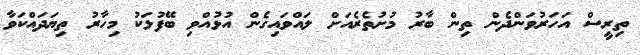
ތިރީސް އަހަރުވަންދެން ތިން ބާރު މުށުތެރެއަށް ލައްވައިގެން އުޅުއްވި ބޭފުޅަކު މިހާރު ތިޔަދައްކަވާ